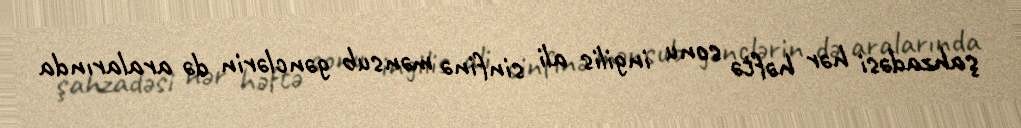
şahzadəsi hər həftə sonu ingilis ali sinfinə mənsub gənclərin də aralarında